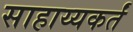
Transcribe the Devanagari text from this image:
साहाय्यकर्तं